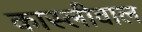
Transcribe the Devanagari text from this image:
कास्लीवाल